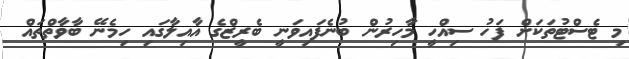
މި ޓެސްޓުތަކަށް ފަހު ސިއްހީ މާހިރުން ބުނެފައިވަނީ ބެރީޒްގެ އާއިލާގައި ހިމެނޭ ބާވާތްތައް